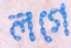
লগে